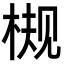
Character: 𬃀